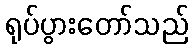
ရုပ်ပွားတော်သည်